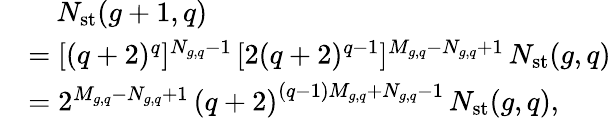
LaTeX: \begin{array}{rl}&{\quad N_{\mathrm{st}}(g+1,q)}\\ &{=[(q+2)^{q}]^{N_{g,q}-1}\, [2(q+2)^{q-1}]^{M_{g,q}-N_{g,q}+1}\, N_{\mathrm{st}}(g,q)}\\ &{=2^{M_{g,q}-N_{g,q}+1}\, {(q+2)}^{(q-1)M_{g,q}+N_{g,q}-1}\, N_{\mathrm{st}}(g,q),}\end{array}